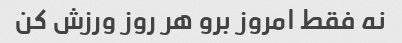
نه فقط امروز برو هر روز ورزش کن